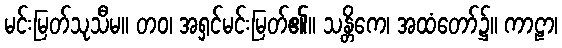
မင်းမြတ်သုသီမ။ တဝ၊ အရှင်မင်းမြတ်၏။ သန္တိကေ၊ အထံတော်၌။ ကာဠာ၊